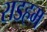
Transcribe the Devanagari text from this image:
राडहम